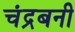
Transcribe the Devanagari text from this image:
चंद्रबनी